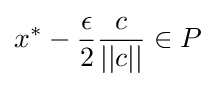
x^{\ast }-{\frac {\epsilon }{2}}{\frac {c}{||c||}}\in P